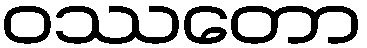
ဝဿတော